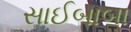
સાઈબાબા